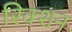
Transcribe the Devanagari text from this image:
रिक्शन